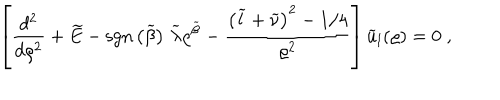
\left[ \frac { d ^ { 2 } } { d \varrho ^ { 2 } } + \widetilde { E } - \mathrm { s g n } \left( \widetilde { \beta } \right) \, \widetilde { \lambda } \varrho ^ { \widetilde { \beta } } - \frac { \left( \widetilde { l } + \widetilde { \nu } \right) ^ { 2 } - 1 / 4 } { \varrho ^ { 2 } } \right] \widetilde { u } _ { l } ( \varrho ) = 0 \; ,